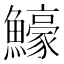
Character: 𬵵